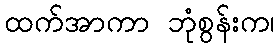
ထက်အာကာ ဘုံစွန်းက၊